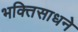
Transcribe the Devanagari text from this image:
भक्तिसाधने